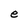
Character: e